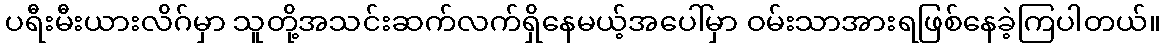
ပရီးမီးယားလိဂ်မှာ သူတို့အသင်းဆက်လက်ရှိနေမယ့်အပေါ်မှာ ဝမ်းသာအားရဖြစ်နေခဲ့ကြပါတယ်။